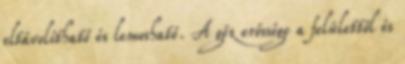
eltávolítható és lemosható. A gőz erőssége a felülettől és